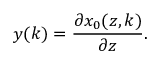
y ( k ) = \frac { \partial x _ { 0 } ( z , k ) } { \partial z } .